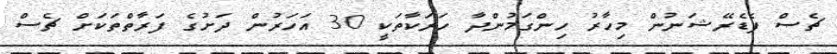
ޗެސް ފެޑެރޭޝަނުން މިހާރު ހިންގަމުންދާ ހަރަކާތަކީ 30 އަހަރުން ދަށުގެ ފަރާތްތަކަށް ޗެސް